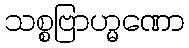
သစ္စဗြာဟ္မဏော